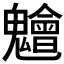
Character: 𮫨